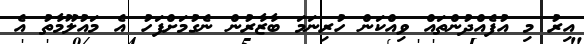
އިރު މި އުފެއްދުންތައް ވިއްކަން ހުރިނަމަ ބާޒާރުން ނެގުމަށްފަހު އެ މައުލޫމާތު އެ